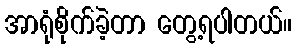
အာရုံစိုက်ခဲ့တာ တွေ့ရပါတယ်။